Civil Veterinary Department. Central Provinces & Berar 1932-41 - 1932-1941
Year: 1932
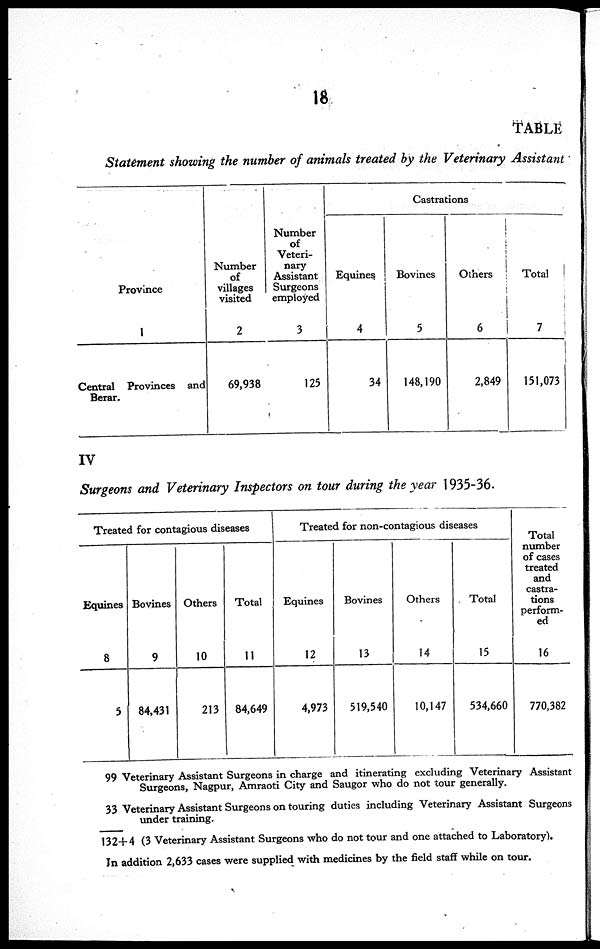
18
TABLE
Statement showing the number of animals treated by the Veterinary Assistant
Province
1
Central Provinces and
Berar.
Number
of
villages
visited
2
69,938
Number
of
Veteri-
nary
Assistant
Surgeons
employed
3
125
Castrations
Equines
4
34
Bovines
5
148,190
Others
6
2,849
Total
7
151,073
IV
Surgeons and Veterinary Inspectors on tour during the year 1935-36.
Treated for contagious diseases
Equines
8
5
Bovines
9
84,431
Others
10
213
Total
11
84,649
Treated for non-contagious diseases
Equines
12
4,973
Bovines
13
519,540
Others
14
10,147
Total
15
534,660
Total
number
of cases
treated
and
castra-
tions
perform-
ed
16
770,382
99
33
132+4(3
Veterinary Assistant Surgeons in charge and itinerating excluding Veterinary Assistant
Surgeons, Nagpur, Amraoti City and Saugor who do not tour generally.
Veterinary Assistant Surgeons on touring duties including Veterinary Assistant Surgeons
under training.
Veterinary Assistant Surgeons who do not tour and one attached to Laboratory).
In addition 2,633 cases were supplied with medicines by the field staff while on tour.